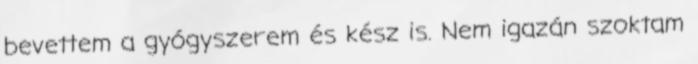
bevettem a gyógyszerem és kész is. Nem igazán szoktam